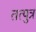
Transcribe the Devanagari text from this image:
तत्पुत्र